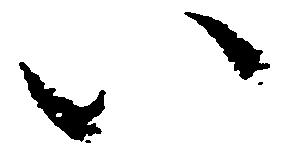
い